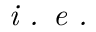
\textit { i . e . }